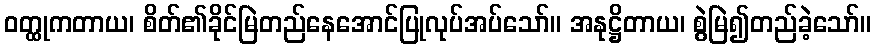
ဝတ္ထုကတာယ၊ စိတ်၏ခိုင်မြဲတည်နေအောင်ပြုလုပ်အပ်သော်။ အနုဋ္ဌိတာယ၊ စွဲမြဲ၍တည်ခဲ့သော်။